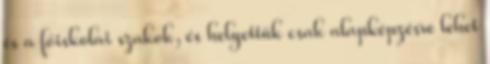
és a főiskolai szakok, és helyettük csak alapképzésre lehet